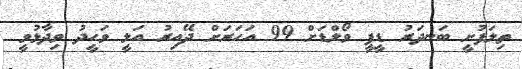
ތިލަފުށީ ބަނދަރު ޑީޕީ ވޯލްޑަށް 99 އަހަރަށް ދޭއިރު އަލީ ވަހީދު ވިދާޅުވީ